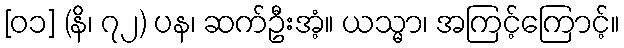
[၀၁] (နိ၊ ၇၂) ပန၊ ဆက်ဦးအံ့။ ယသ္မာ၊ အကြင့်ကြောင့်။